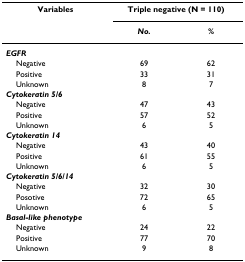
<table><thead><tr><td><b>Variables</b></td><td colspan="2"><b>Triple negative (N = 110)</b></td></tr><tr><td></td><td><b><i>No.</i></b></td><td><b><i>%</i></b></td></tr></thead><tbody><tr><td><b><i>EGFR</i></b></td><td></td><td></td></tr><tr><td> Negative</td><td>69</td><td>62</td></tr><tr><td> Positive</td><td>33</td><td>31</td></tr><tr><td> Unknown</td><td>8</td><td>7</td></tr><tr><td><b><i>Cytokeratin 5/6</i></b></td><td></td><td></td></tr><tr><td> Negative</td><td>47</td><td>43</td></tr><tr><td> Positive</td><td>57</td><td>52</td></tr><tr><td> Unknown</td><td>6</td><td>5</td></tr><tr><td><b><i>Cytokeratin 14</i></b></td><td></td><td></td></tr><tr><td> Negative</td><td>43</td><td>40</td></tr><tr><td> Positive</td><td>61</td><td>55</td></tr><tr><td> Unknown</td><td>6</td><td>5</td></tr><tr><td><b><i>Cytokeratin 5/6/14</i></b></td><td></td><td></td></tr><tr><td> Negative</td><td>32</td><td>30</td></tr><tr><td> Posotive</td><td>72</td><td>65</td></tr><tr><td> Unknown</td><td>6</td><td>5</td></tr><tr><td><b><i>Basal-like phenotype</i></b></td><td></td><td></td></tr><tr><td> Negative</td><td>24</td><td>22</td></tr><tr><td> Positive</td><td>77</td><td>70</td></tr><tr><td> Unknown</td><td>9</td><td>8</td></tr></tbody></table>